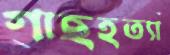
গাছহত্যা